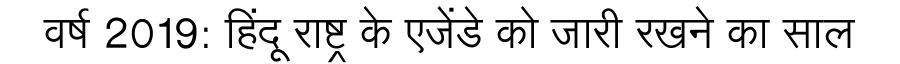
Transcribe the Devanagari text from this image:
वर्ष 2019: हिंदू राष्ट्र के एजेंडे को जारी रखने का साल